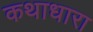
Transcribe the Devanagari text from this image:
कथाधारा